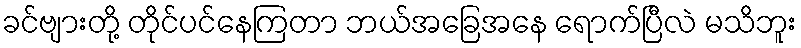
ခင်ဗျားတို့ တိုင်ပင်နေကြတာ ဘယ်အခြေအနေ ရောက်ပြီလဲ မသိဘူး